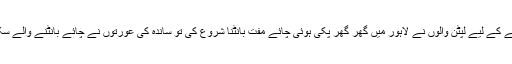
اور جب چائے کا عادی بنانے کے لیے لپٹن والوں نے لاہور میں گھر گھر پکی ہوئی چائے مفت بانٹنا شروع کی تو ساندہ کی عورتوں نے چائے بانٹنے والے سکھ انسپکٹر کی پٹائی کر دی۔